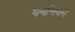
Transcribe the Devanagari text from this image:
यमनियम